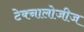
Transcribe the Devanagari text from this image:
टेक्नालोजीज